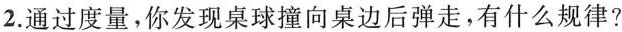
2.通过度量，你发现桌球撞向桌边后弹走，有什么规律?